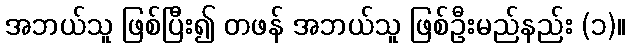
အဘယ်သူ ဖြစ်ပြီး၍ တဖန် အဘယ်သူ ဖြစ်ဦးမည်နည်း (၁)။